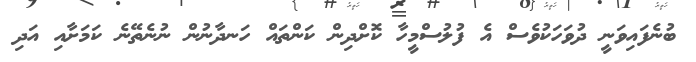
ބުނެފައިވަނީ ދުވަހަކުވެސް އެ ފުލުސްމީހާ ކޮށްދިން ކަންތައް ހަނދާނުން ނުނެތޭނެ ކަމަށާއި އަދި